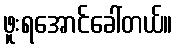
ဖူးရအောင်ခေါ်တယ်။